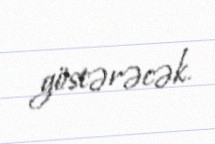
göstərəcək.